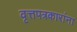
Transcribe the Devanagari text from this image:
वृत्तपत्रकारांना